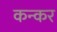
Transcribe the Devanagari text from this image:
कन्कर